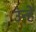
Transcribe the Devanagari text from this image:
उंन्हें